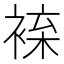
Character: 𧚦